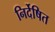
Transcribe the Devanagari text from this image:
निर्देषित